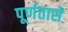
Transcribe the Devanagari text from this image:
पूर्णतासे